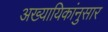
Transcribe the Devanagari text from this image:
अख्यायिकांनुसार